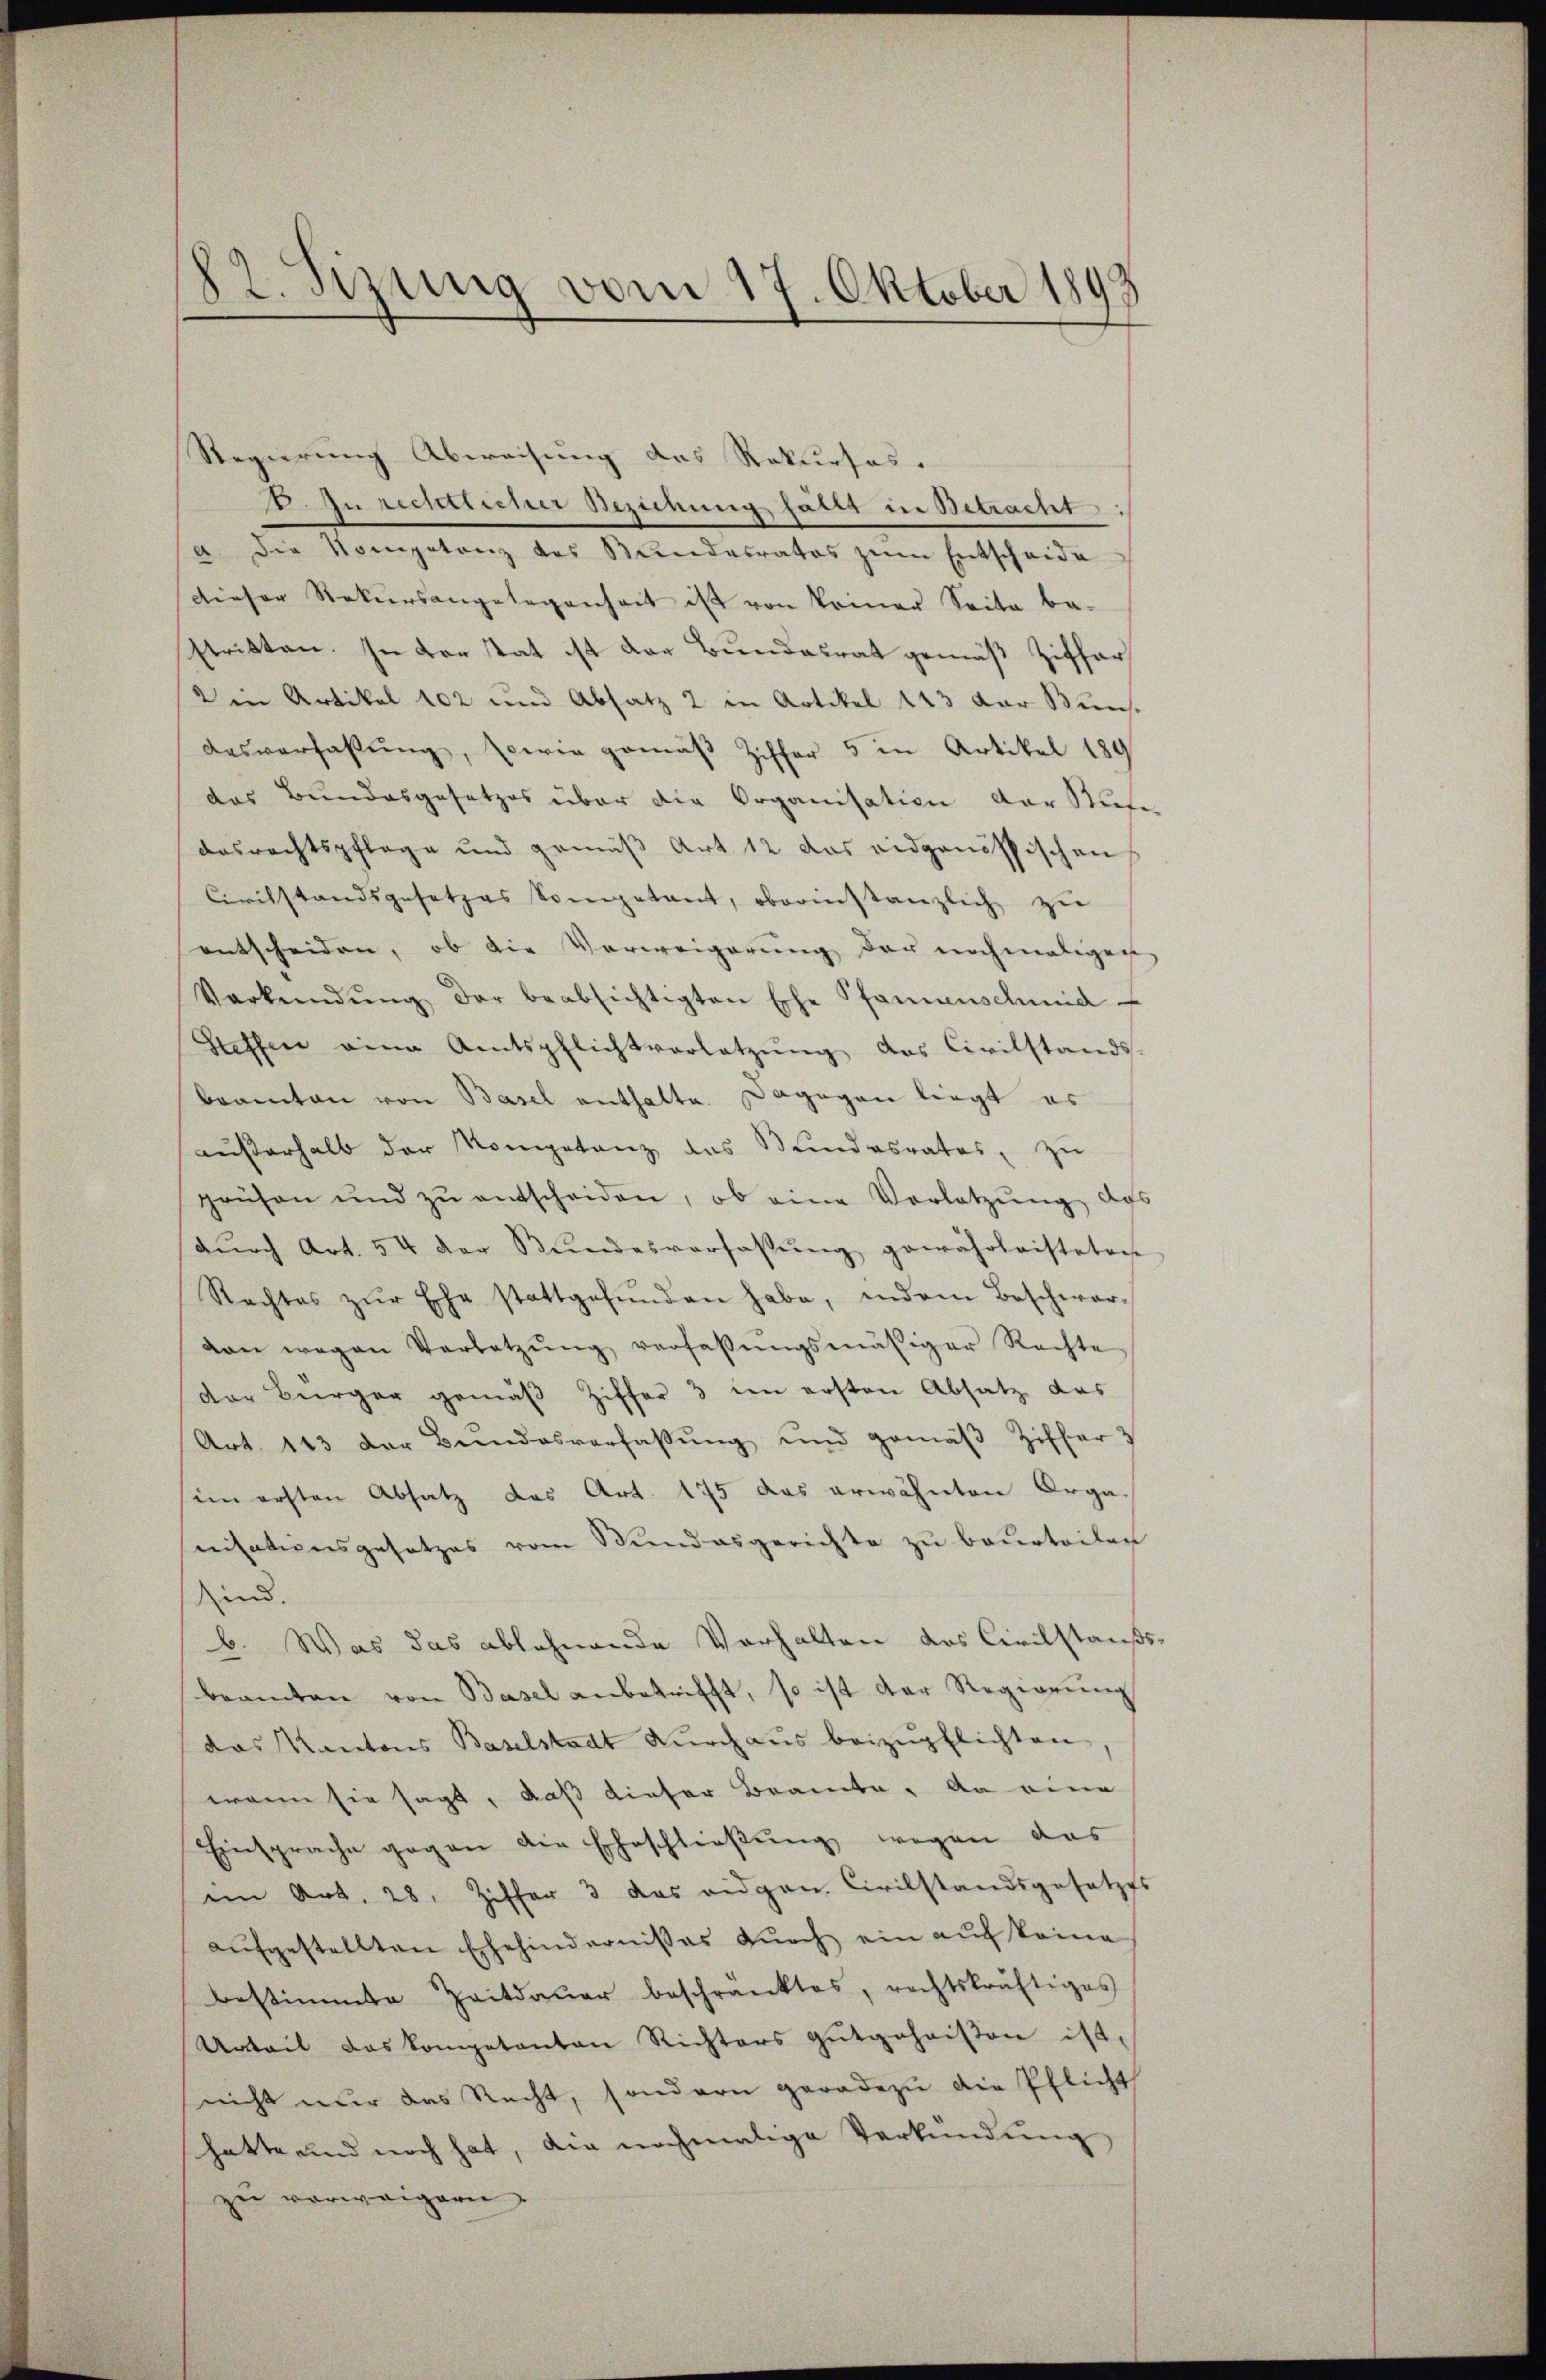
82. Sizung vom 17. Oktober 1899

Regierung Abweisung des Rekurses.
1. zu rechtlicher Beziehung fällt in Betracht
a. Die Kompetenz des Bundesrates zum Entscheide
dieser Rekursangelegenheit ist von keiner Seite be-
stritten. In der stat ist der Bundesrat gemäß Ziffers
din Artikel 102 und Absatz 2 in Artikel 143 der Buns.
Ausverfassung, sowie gemäß Ziffer 5 in Artikel 189
das Bundesgesetzes über die Organisation der Mit-
aasrechtspflege und gemäß Art. 12 das eidgenössischen
Civilstandsgesetzes Sompetant, oberinstanzlich zu
entscheiden, ob die Verweigerung der nochmaligen
Verkündŭng der beabsichtigten Ehe Pfannenschmid
Steffen eine Amtspflichtverletzŭng das Civilstands-
beamten von Basel enthalte. Dagegen liegt es
aŭβerhalb der Kompetenz das Bundesrates, zŭ
prüfen und zŭ entscheiden, ob eine Vorletzŭng des
dŭrch Art. 54 der Stŭndesverfassŭng gewährleisteten
Rechtes zŭr Ehe stattgefŭnden habe, indem Beschwar-
dan wegen Verletzŭng verfassŭngsmäßiger Rechte
Der Bürger gemäβ Ziffer 3 im ersten Absatz das
Art 143 der Bŭndesverfassŭng und gemäβ Ziffer
sim ersten Absatz das Art. 175 das erwähnten Orga-
nisationsgesetzes vom Stundesgerichte zu beurteilen
ind.
b. Was das ablehnende Verhalten das Civilstands
beamten von Basel anbetrifft, so ist der Regierung
das Kantons Baselstadt durchaus beizupflichten,
wann sie sagt, daß dieser Braute, da eine
Einsprache gegen die Eheschlieβŭng wegen das
ein Art. 28. Ziffer 3 das eidgen. Civilstandsgesetzes
aŭfgestellten Ehehindernisses dŭrch ein aŭf keine
bestimmte Zeitdauer beschränktes, rechtskräftiges
Urteil das kompetenten Richters gutgehaisen ist,
nicht nur das Recht, sondern geradezu die Pflicht
hatte und noch hat, die nochmalige Verkündung
zu verweigern.